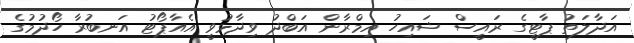
އަދާލަތު ޕާޓީގެ ރައީސް ޝައިހު އިމްރާން އަބްދު ވިދާޅުވީ އެއާޕޯޓު އަނބުރާ ހޯދުމުގެ